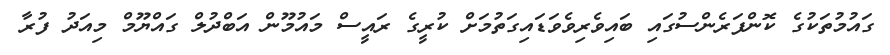
ގައުމުތަކުގެ ކޮންފަރެންސުގައި ބައިވެެރިވެވަޑައިގަތުމަށް ކުރީގެ ރައީސް މައުމޫން އަބްދުލް ގައްޔޫމް މިއަދު ފުރާ